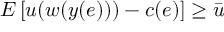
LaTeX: E \left[ u ( w ( y ( e ) ) ) - c ( e ) \right] \geq { \bar { u } }